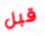
قبل